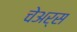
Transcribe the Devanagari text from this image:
चेअर्स